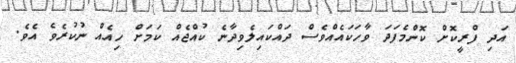
އަދި ފްރީކޮށް ކޮންމެފަދަ ވާހަކައެއްވެސް ދައްކައިލެވިދާނެ ކުއްޖެއް ކަމަށް ހިއެއް ނުކުރެވެ އެވެ.